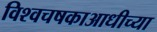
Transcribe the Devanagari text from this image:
विश्वचषकाआधीच्या